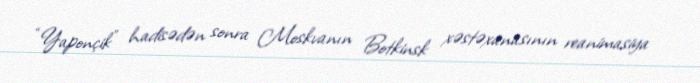
“Yaponçik” hadisədən sonra Moskvanın Botkinsk xəstəxanasının reanimasiya